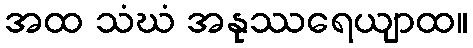
အထ သံဃံ အနုဿရေယျာထ။